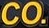
Co.